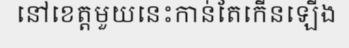
នៅខេត្តមួយនេះកាន់តែកើនឡើង